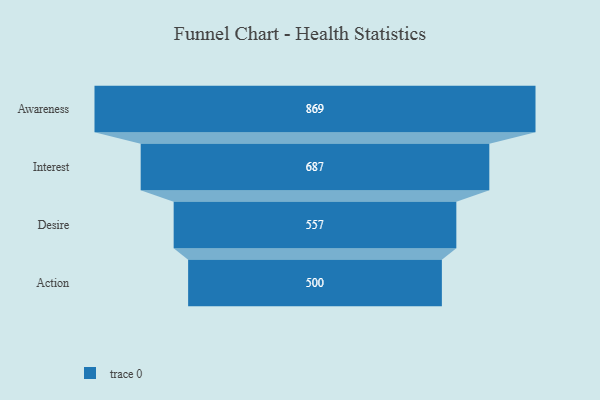
{"axis": {"x": "Stage", "y": "Value"}, "legend": [""], "data": [{"x": "Awareness", "y": 869.0, "type": ""}, {"x": "Interest", "y": 687.0, "type": ""}, {"x": "Desire", "y": 557.0, "type": ""}, {"x": "Action", "y": 500, "type": ""}]}